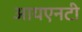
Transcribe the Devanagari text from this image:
आयएनटी